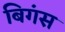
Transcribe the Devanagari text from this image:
बिगंस